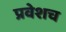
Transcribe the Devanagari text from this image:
प्रवेशच